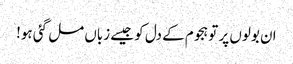
ان بولوں پر تو ہجوم کے دل کو جیسے زباں مل گئی ہو!